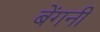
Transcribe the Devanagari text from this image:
बेंगनी